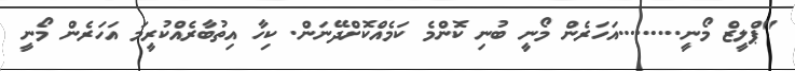
"ޕްލީޒް މޯނީ.........އަހަރެން މޯނީ ބުނި ކޮންމެ ކަމެއްކޮށްދޭނަން. ކިހާ އިތުބާރެއްކުރީމަ އަހަރެން މޯނީ